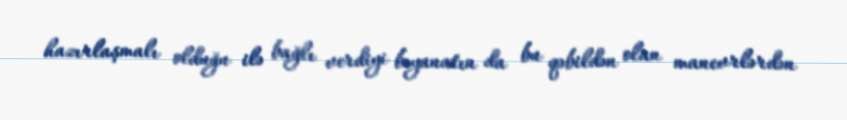
hazırlaşmalı olduğu ilə bağlı verdiyi bəyanatın da bu qəbildən olan manevrlərdən